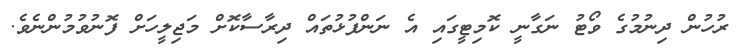
ރުހުން ދިނުމުގެ ވޯޓު ނަގާނީ ކޮމިޓީގައި އެ ނަންފުޅުތައް ދިރާސާކޮށް މަޖިލީހަށް ފޮނުވުމުންނެވެ.